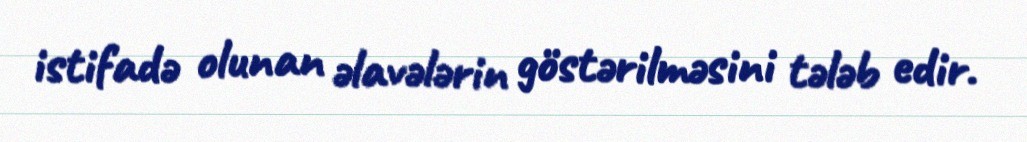
istifadə olunan əlavələrin göstərilməsini tələb edir.